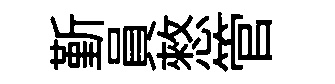
斳員憗管